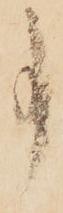
事